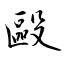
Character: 毆